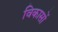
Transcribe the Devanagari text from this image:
विकासों